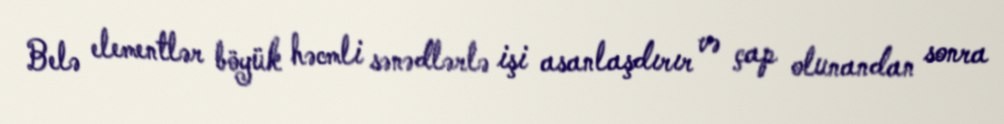
Belə elementlər böyük həcmli sənədlərlə işi asanlaşdırır və çap olunandan sonra